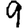
Digit: 9